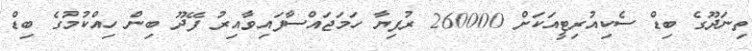
ތިނަދޫގެ ބިޑް ސެކިއުރިޓީއަކަށް 260000 ރުފިޔާ ހަމަޖައްސާފައިވާއިރު ފޭދޫ ބިން ހިއްކުމުގެ ބިޑް